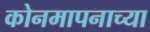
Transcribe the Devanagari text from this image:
कोनमापनाच्या